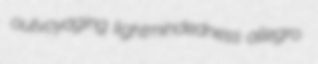
outvoyaging lightmindedness allegro